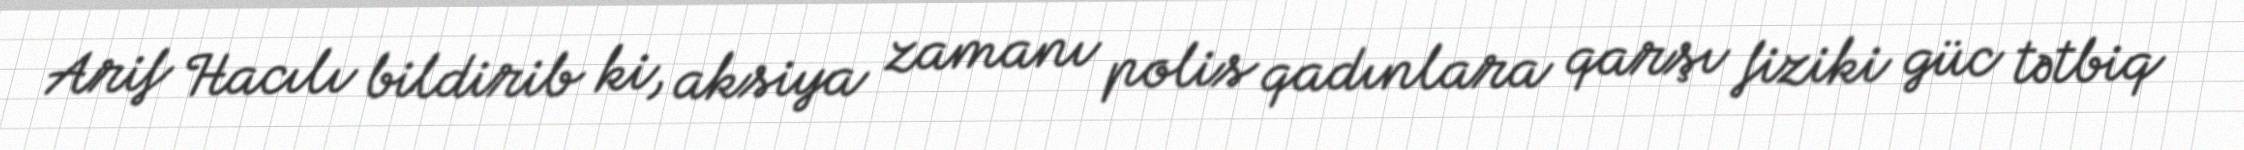
Arif Hacılı bildirib ki, aksiya zamanı polis qadınlara qarşı fiziki güc tətbiq